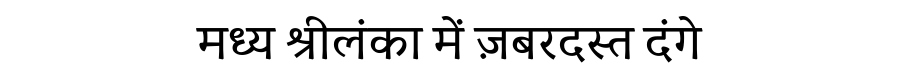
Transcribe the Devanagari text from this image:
मध्य श्रीलंका में ज़बरदस्त दंगे